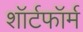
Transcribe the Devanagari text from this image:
शॉर्टफॉर्म